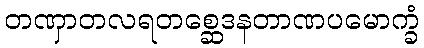
တဏှာတလရတစ္ဆေဒနတာဏပမောက္ခံ